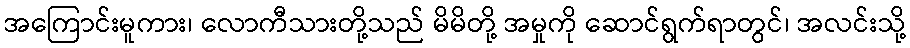
အကြောင်းမူကား၊ လောကီသားတို့သည် မိမိတို့ အမှုကို ဆောင်ရွက်ရာတွင်၊ အလင်းသို့